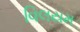
વિલયમ